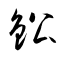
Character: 鈆